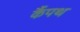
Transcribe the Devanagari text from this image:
कैंपथ